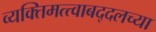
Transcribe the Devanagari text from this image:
व्यक्तिमत्त्वाबद्दलच्या